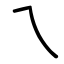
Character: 乁